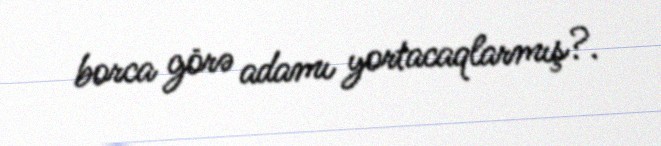
borca görə adamı yortacaqlarmış?.